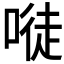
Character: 𠻀